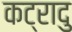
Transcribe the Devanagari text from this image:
कट्रादु